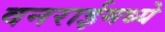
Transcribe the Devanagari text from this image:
वनराईमध्ये